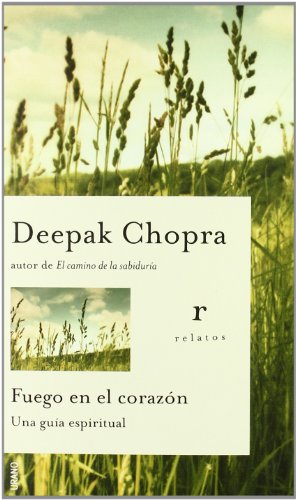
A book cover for Fuego En El Corazon / Fire in the Heart: Una Guia Espiritual / A Spiritual Guide for Teens (Relatos) (Spanish Edition); Deepak Chopra; Teen & Young Adult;